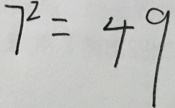
7 ^ { 2 } = 4 9